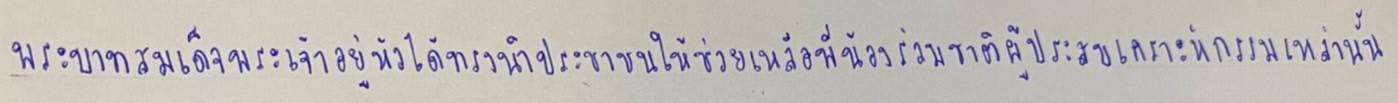
พระบาทสมเด็จพระเจ้าอยู่หัวได้ทรงนำประชาชนให้ช่วยเหลือพี่น้องร่วมชาติผู้ประสบเคราะห์กรรมเหล่านั้น